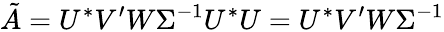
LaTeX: \tilde{A}=U^{*}V^{\prime}W\Sigma^{-1}U^{*}U=U^{*}V^{\prime}W\Sigma^{-1}